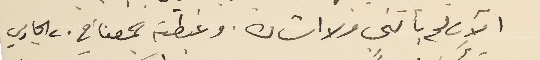
الآن لم يأتني ولا اشار. وغبطته جمعنا في ٢٠ الجاري